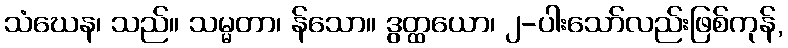
သံဃေန၊ သည်။ သမ္မတာ၊ န်သော။ ဒွတ္ထယော၊ ၂-ပါးသော်လည်းဖြစ်ကုန်,